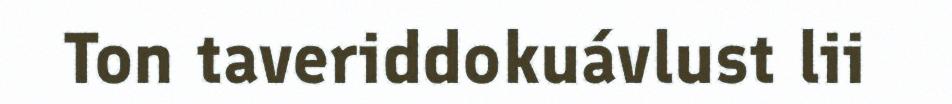
Ton taveriddokuávlust lii